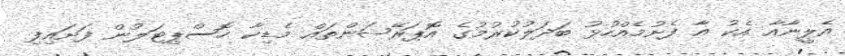
އެލީނާއާ އެކު އާ ފެށުމެއްހުޅު ބަދަލުކުރުމުގެ އޮޕަރޭޝަންތައް މެޑިކާ ހޮސްޕިޓަލުން ފަށައިފި